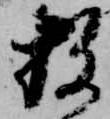
数